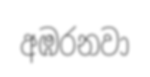
අඹරනවා